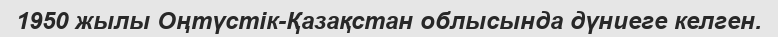
1950 жылы Оңтүстік-Қазақстан облысында дүниеге келген.